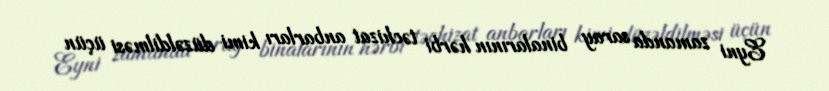
Eyni zamanda saray binalarının hərbi təchizat anbarları kimi düzəldilməsi üçün